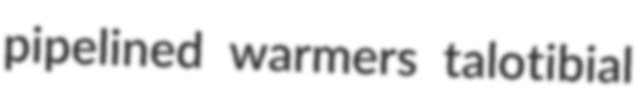
pipelined warmers talotibial